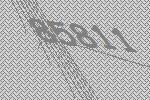
85811